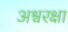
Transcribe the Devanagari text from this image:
अश्वरक्षा